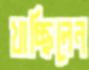
খাচ্ছিলেন